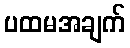
ပထမအချက်